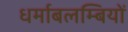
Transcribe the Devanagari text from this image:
धर्माबलम्बियों